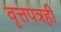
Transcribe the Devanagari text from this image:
वृत्तपत्रही